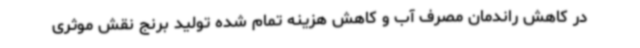
در کاهش راندمان مصرف آب و کاهش هزینه تمام شده تولید برنج نقش موثری